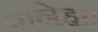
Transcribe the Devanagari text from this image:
सनेह।।